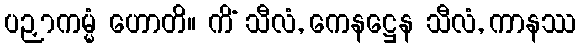
ပဉှာကမ္မံ ဟောတိ။ ကိံ သီလံ, ကေနဋ္ဌေန သီလံ, ကာနဿ